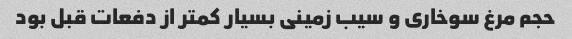
حجم مرغ سوخاری و سیب زمینی بسیار کمتر از دفعات قبل بود